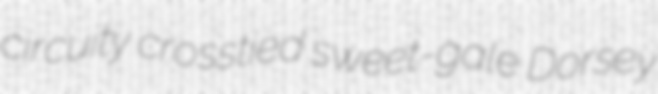
circuity crosstied sweet-gale Dorsey